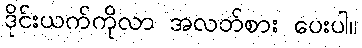
ဒိုင်းယက်ကိုလာ အလတ်စား ပေးပါ။